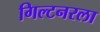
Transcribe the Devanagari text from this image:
गिल्टनरला